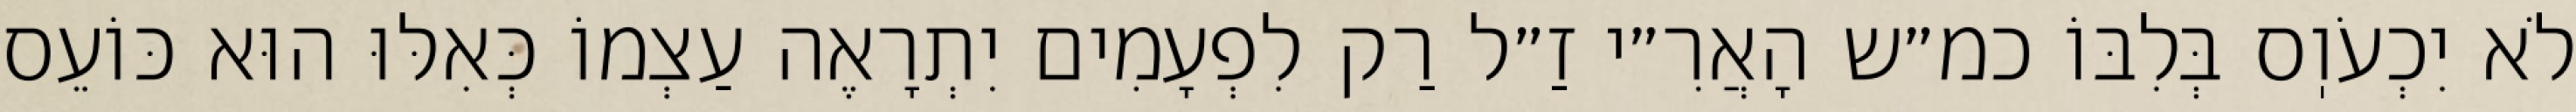
לֹא יִכְעֹוֽס בְּלִבּוֹ כמ״ש הָאֲרִ״י זַ״ל רַק לִפְעָמִים יִתְרָאֶה עַצְמוֹ כְּאִלּוּ הוּא כּוֹעֵס